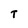
Character: T